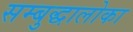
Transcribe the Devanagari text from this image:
सम्बुद्धालोका